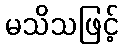
မသိသဖြင့်